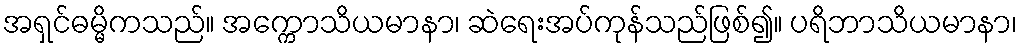
အရှင်ဓမ္မိကသည်။ အက္ကောသိယမာနာ၊ ဆဲရေးအပ်ကုန်သည်ဖြစ်၍။ ပရိဘာသိယမာနာ၊